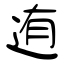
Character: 迶